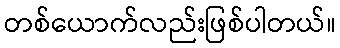
တစ်ယောက်လည်းဖြစ်ပါတယ်။